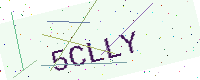
Text: 5CLLY